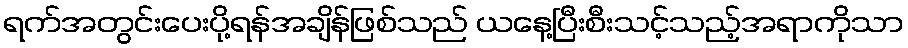
ရက်အတွင်းပေးပို့ရန်အချိန်ဖြစ်သည် ယနေ့ပြီးစီးသင့်သည့်အရာကိုသာ